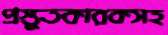
প্রস্তুতকারকসহ